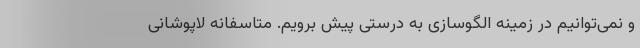
و نمی‌توانیم در زمینه الگوسازی به درستی پیش برویم. متاسفانه لاپوشانی